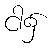
ငါ၌